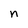
Character: n